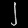
Digit: ၂